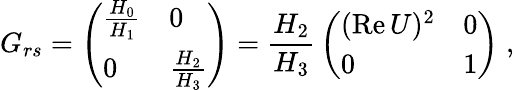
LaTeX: G_{rs}=\left(\begin{array}{ll}{{{\frac{H_{0}}{H_{1}}}}}&{{0}}\\ {{0}}&{{{\frac{H_{2}}{H_{3}}}}}\end{array}\right)={\frac{H_{2}}{H_{3}}}\left(\begin{array}{ll}{{(\mathrm{Re}\, U)^{2}}}&{{0}}\\ {{0}}&{{1}}\end{array}\right)\; ,